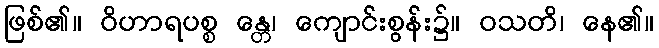
ဖြစ်၏။ ဝိဟာရပစ္စ န္တေ၊ ကျောင်းစွန်း၌။ ဝသတိ၊ နေ၏။